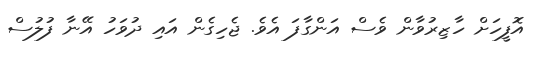
އޮފީހަށް ހާޒިރުވާން ވެސް އަންގާފަ އެެވެ. ޖެހިގެން އައި ދުވަހު އޭނާ ފުލުސް